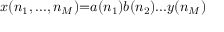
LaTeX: x ( n _ { 1 } , . . . , n _ { M } ) { = } a ( n _ { 1 } ) b ( n _ { 2 } ) . . . y ( n _ { M } )